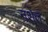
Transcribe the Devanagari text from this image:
नशेत